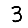
Digit: 3